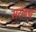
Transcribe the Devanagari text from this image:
सरळच